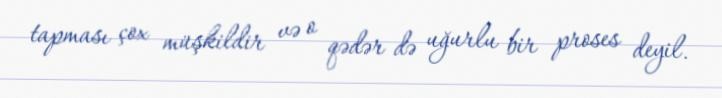
tapması çox müşkildir və o qədər də uğurlu bir proses deyil.